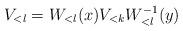
LaTeX: \begin{align*}V_{<l} = W_{<l}(x) V_{<k} W^{-1}_{<l}(y)\end{align*}